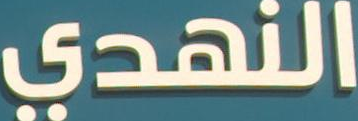
النهدي